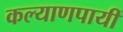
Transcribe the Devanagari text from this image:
कल्याणपायीं